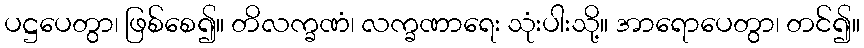
ပဋ္ဌပေတွာ၊ ဖြစ်စေ၍။ တိလက္ခဏံ၊ လက္ခဏာရေး သုံးပါးသို့။ အာရောပေတွာ၊ တင်၍။